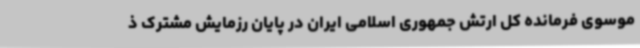
موسوی فرمانده کل ارتش جمهوری اسلامی ایران در پایان رزمایش مشترک ذ